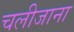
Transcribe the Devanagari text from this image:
चलीजाना